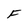
Character: F